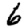
Digit: 6